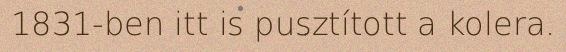
1831-ben itt is pusztított a kolera.